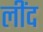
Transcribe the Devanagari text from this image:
लींद